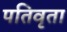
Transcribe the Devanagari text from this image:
पतिवृता